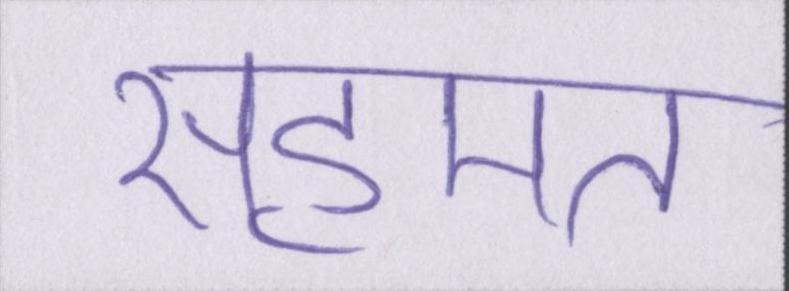
सहमत